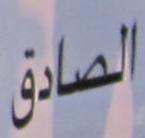
الصادق